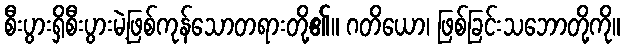
စီးပွားရှိစီးပွားမဲ့ဖြစ်ကုန်သောတရားတို့၏။ ဂတိယော၊ ဖြစ်ခြင်းသဘောတို့ကို။